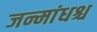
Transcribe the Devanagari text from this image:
जन्मांधश्च